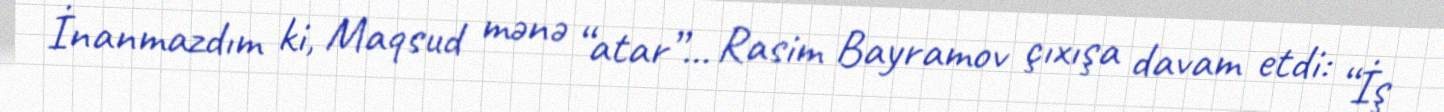
İnanmazdım ki, Maqsud mənə “atar”... Rasim Bayramov çıxışa davam etdi: “İş